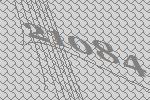
21084